Papers set at the Examination for Leaving Certificates, 1892
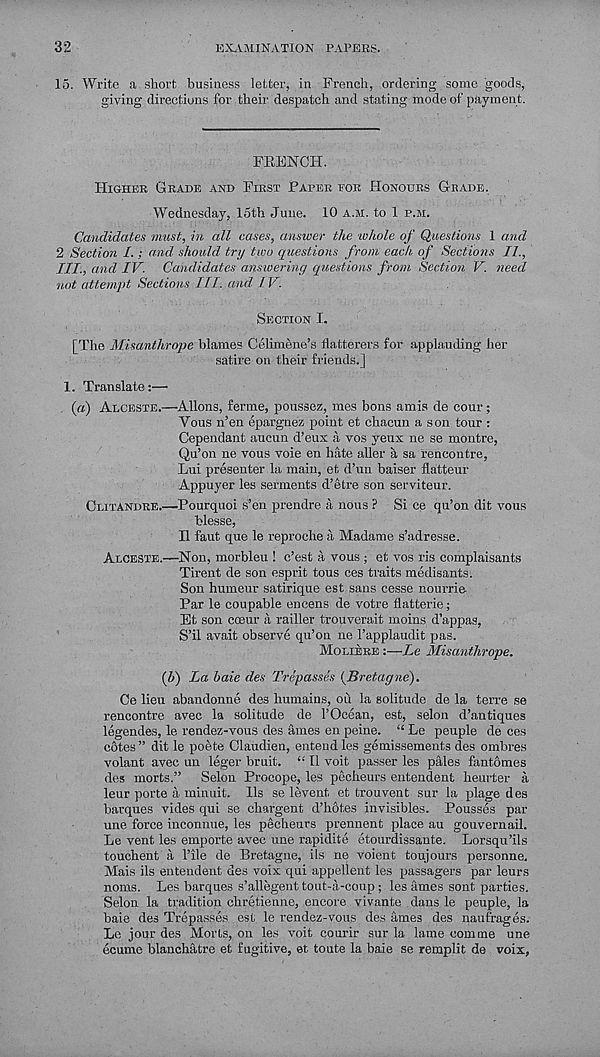
32
EXAMINATION PAPERS.
15. Write a short business letter, in French, ordering some goods,
giving directions for their despatch and stating mode of payment.
FRENCH.
Higher Grade and First Paper for Honours Grade.
Wednesday, 15th June. 10 a.m. to 1 p.m.
Candidates must, in all cases, answer the whole of Questions 1 and
2 Section I.; and should try two questions from each of Sections II.,
Ill, and IV. Candidates answering questions from Section V. need
not attempt Sections III. and IV.
Section I.
[The Misanthrope blames Celimene’s flatterers for applauding her
satire on their friends.]
1. Translate:—•
(«) Alceste.—Aliens, ferine, poussez, mes bons amis de coin-;
Vous n’en epargnez point et chacun a son tour :
Cependant aucun d’eux a vos yeux ne se montre,
Qu’on ne vous voie en hate aller a sa rencontre,
Lui presenter la main, et d’un baiser flatteur
Appuyer les serments d’etre son serviteur.
Ceitandre.—Pourquoi s’en prendre a nous ? Si ce qu’on dit vous
blesse,
H faut que le reproche ii Madame s’adresse.
Alceste.—Non, morbleu ! e’est a vous; et vos ris complaisants
Tirent de son esprit tous ces traits medisants.
Son humeur satirique est sans cesse nourrie
Par le coupable encens de votre flatterie;
Et son cceur k railler trouverait moins d’appas,
S’il avait observe qu’on ne 1’applaudit pas.
Moiaere :—Le Misanthrope.
(h) La haie des Trespasses [Bretagne).
Ce lieu abandonne des humains, on la solitude de la terre se
rencontre avec la solitude de 1’Ocean, est, selon d’antiques
legendes, le rendez-vous des ames en peine. “ Le peuple de ces
cotes” dit le poete Claudien, entendles gemissements des ombres
volant avec un leger bruit. “ 11 voit passer les pales fantomes
des morts.” Selon Procope, les pecheurs entendent heurter a
leur porte a min nit. 11s se levent et trouvent sur la plage des
barques vides qui se chargent d’hotes invisibles. Pousses par
une force inconnue, les pecheurs prennent place au gouvernail.
Le vent les emporte avec une rapidite etourdissante. Lorsqu’ils
touchent a 1’ile de Bretagne, ils ne voient toujours personne.
Mais ils entendent des voix qui appellent les passagers par leurs
noms. Les barques s’allegent tout-a-coup; les ames sont parties.
Selon la tradition chretienne, encore vivante dans le peuple, la
bale des Trepasses est le rendez-vous des ames des naufrages.
Le jour des Morts, on les voit courir sur la lame comme une
ecume blanchatre et fugitive, et toute la baie se remplit de voix,